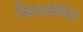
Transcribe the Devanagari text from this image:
लिनामैरिन